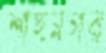
শাহনগর